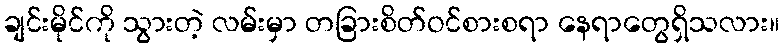
ချင်းမိုင်ကို သွားတဲ့ လမ်းမှာ တခြားစိတ်ဝင်စားစရာ နေရာတွေရှိသလား။